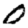
Digit: 0